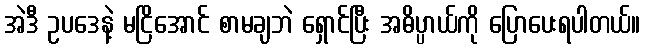
အဲဒီ ဥပဒေနဲ့ မငြိအောင် စာမချဘဲ ရှောင်ပြီး အဓိပ္ပာယ်ကို ပြောပေးရပါတယ်။